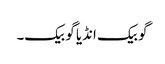
گو بیک انڈیا گو بیک۔